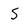
Character: 5